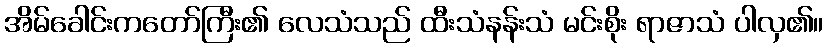
အိမ်ခေါင်းကတော်ကြီး၏ လေသံသည် ထီးသံနန်းသံ မင်းစိုး ရာဇာသံ ပါလှ၏။